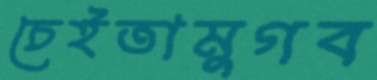
চেইতামুগব